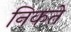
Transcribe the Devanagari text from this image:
निकते